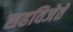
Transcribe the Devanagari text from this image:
सहविजेते